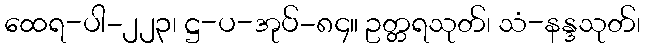
ထေရ-ပါ-၂၂၃၊ ဋ္ဌ-ပ-အုပ်-၈၄။ ဥတ္တရသုတ်၊ သံ-နန္ဒသုတ်၊